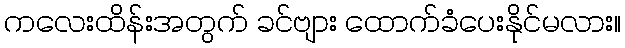
ကလေးထိန်းအတွက် ခင်ဗျား ထောက်ခံပေးနိုင်မလား။